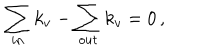
LaTeX: \sum _ { i n } k _ { v } - \sum _ { o u t } k _ { v } = 0 \, ,